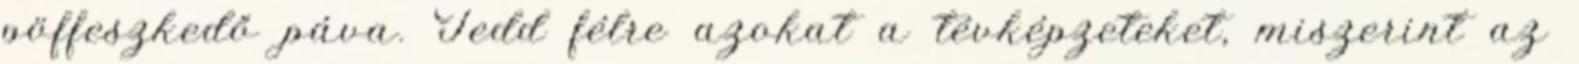
pöffeszkedő páva. Tedd félre azokat a tévképzeteket, miszerint az